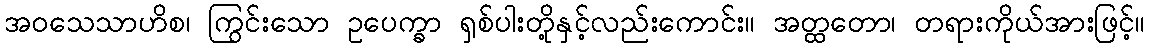
အဝသေသာဟိစ၊ ကြွင်းသော ဥပေက္ခာ ရှစ်ပါးတို့နှင့်လည်းကောင်း။ အတ္ထတော၊ တရားကိုယ်အားဖြင့်။